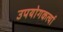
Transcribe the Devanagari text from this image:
उपयोगकर्त्या